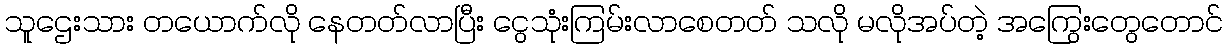
သူဌေးသား တယောက်လို နေတတ်လာပြီး ငွေသုံးကြမ်းလာစေတတ် သလို မလိုအပ်တဲ့ အကြွေးတွေတောင်